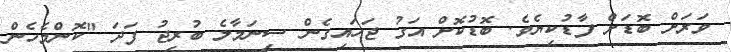
ވަރަށް ބޮޑަށް ފާޑުކިޔެވެ. ބޮޑުކޮށް އަގު ޖަހައިގެން ސިނަމާލެ ބުރިޖު ފަދަ "ކޮންމެހެން